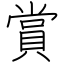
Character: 賞